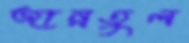
জান্নতুল